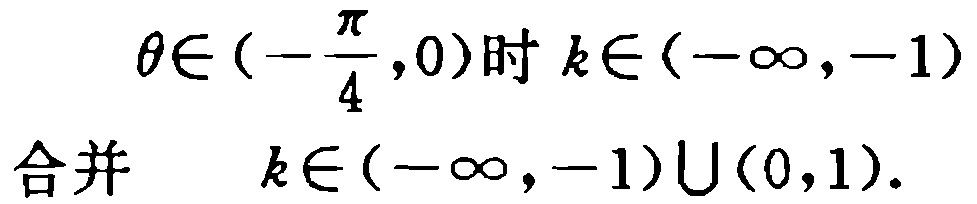
\[\begin{align*}
&\theta\in\left(-\frac{\pi}{4},0\right)\text{时 }k\in(-\infty,-1)\\
\text{合并 }&k\in(-\infty,-1)\cup(0,1).
\end{align*}\]